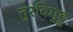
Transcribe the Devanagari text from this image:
तुरविगुड्ड